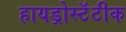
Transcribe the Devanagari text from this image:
हायड्रोस्टॅटीक